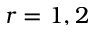
r = 1 , 2